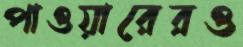
পাওয়ারেরও